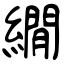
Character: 繝